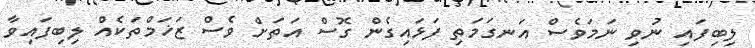
ލިބިފައި ނުވި ނަމަވެސް އަނގަމަތި ފަޅައިގެން ގޮސް އަތަށް ވެސް ޒަޚަމްތަކެއް ލިބިފައިވާ